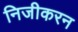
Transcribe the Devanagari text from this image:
निजीकरन